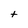
Character: t